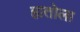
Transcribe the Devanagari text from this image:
हातोला